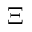
\Xi